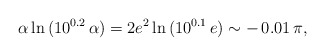
\begin{align*}\alpha\ln{(10^{0.2}\,\alpha)} = 2 e^2\ln{(10^{0.1}\,e)} \sim -\,0.01\,\pi, \end{align*}